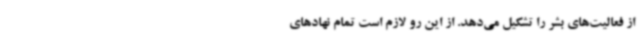
از فعالیت‌های بشر را تشکیل می‌دهد. از این رو لازم است تمام نهادهای